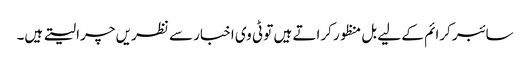
سائبر کرائم کے لیے بل منظور کراتے ہیں تو ٹی وی اخبار سے نظریں چرا لیتے ہیں۔